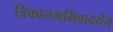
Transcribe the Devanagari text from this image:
त्रिकालमभिवादयेत्